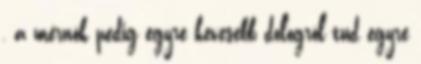
, a mérnök pedig egyre kevesebb dologról tud egyre